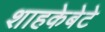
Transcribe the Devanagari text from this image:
शाहकेबेटे